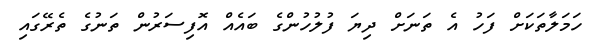
ހަމަލާތަކަށް ފަހު އެ ތަނަށް ދިޔަ ފުލުހުންގެ ބައެއް އޮފިސަރުން ތަނުގެ ތެރޭގައި